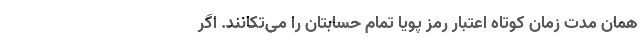
همان مدت زمان کوتاه اعتبار رمز پویا تمام حسابتان را می‌تکانند. اگر